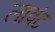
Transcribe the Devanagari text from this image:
लावंट